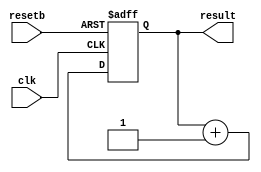
///////////////////////////////////////////
//  Functionality: Counter with asynchronous reset
////////////////////////////////////////

module counter (
	clk,
	resetb,
	result
);

	input clk;
	input resetb;
	output [7:0] result;

	reg [7:0] result;

    initial begin
      result <= 0;
    end

	always @(posedge clk or negedge resetb)
	begin
		if (!resetb) 
			result = 0;		
		else 
			result = result + 1;
	end
endmodule